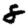
Digit: 8